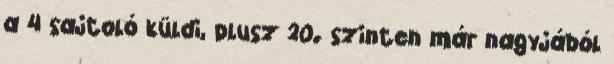
a 4 sajtoló küldi, plusz 20. szinten már nagyjából